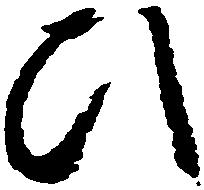
ひ